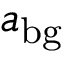
a _ { \mathrm { b g } }